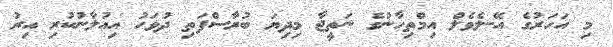
މި އަހަރުގެ އޭ-ލެވެލް އިމްތިހާނުގެ ނަތީޖާ މިދިޔަ ބުރާސްފަތި ދުވަހު އިއުލާނުކުރި އިރު